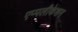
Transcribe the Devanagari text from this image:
एप्पलीकेशन